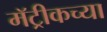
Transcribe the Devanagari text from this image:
मॅट्रीकच्या